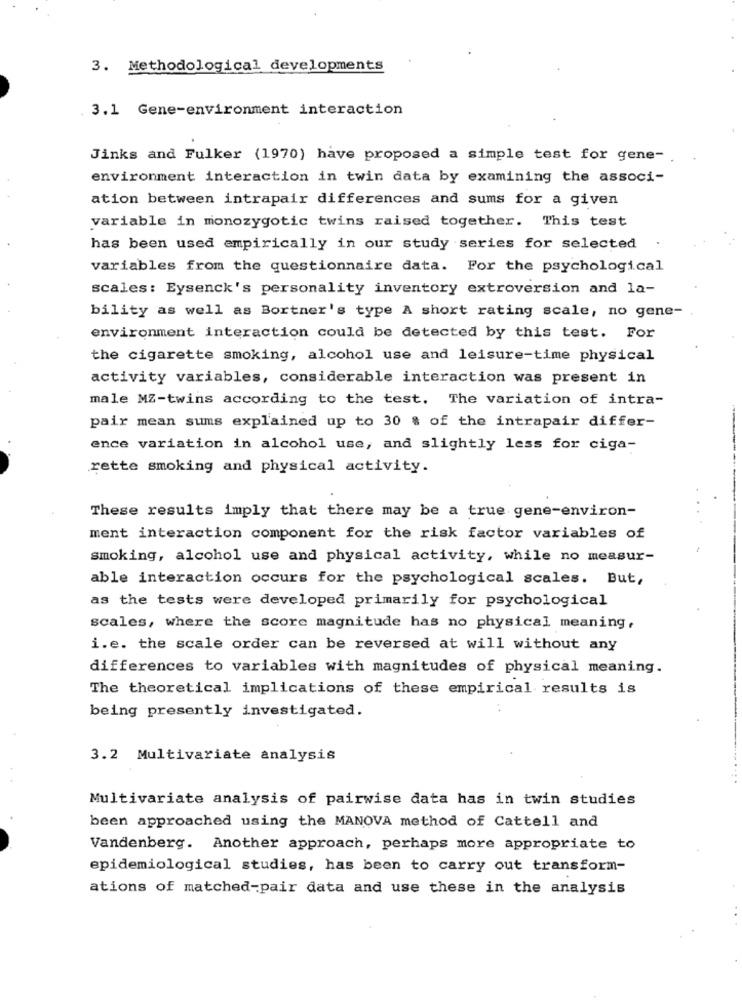
3. Methodological developments
3.1 Gene-environment interaction
Jinks and Fulker (1970) have proposed a simple test for gene -.
environment interaction in twin data by examining the associ-
ation between intrapair differences and sums for a given
variable in monozygotic twins raised together. This test
has been used empirically in our study series for selected
variables from the questionnaire data. For the psychological
scales: Eysenck's personality inventory extroversion and la-
bility as well as Bortner's type A short rating scale, no gene-
environment interaction could be detected by this test. For
the cigarette smoking, alcohol use and leisure-time physical
activity variables, considerable interaction was present in
male MZ-twins according to the test. The variation of intra-
pair mean sums explained up to 30 % of the intrapair differ-
ence variation in alcohol use, and slightly less for ciga-
rette smoking and physical activity.
These results imply that there may be a true gene-environ-
ment interaction component for the risk factor variables of
smoking, alcohol use and physical activity, while no measur-
able interaction occurs for the psychological scales. But,
as the tests were developed primarily for psychological
scales, where the score magnitude has no physical meaning,
i.e. the scale order can be reversed at will without any
differences to variables with magnitudes of physical meaning.
The theoretical implications of these empirical results is
being presently investigated.
3.2 Multivariate analysis
Multivariate analysis of pairwise data has in twin studies
been approached using the MANOVA method of Cattell and
Vandenberg. Another approach, perhaps more appropriate to
epidemiological studies, has been to carry out transform-
ations of matched-pair data and use these in the analysis